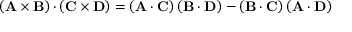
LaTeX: \mathbf { \left( A \times B \right) \cdot } \left( \mathbf { C } \times \mathbf { D } \right) = \left( \mathbf { A } \cdot \mathbf { C } \right) \left( \mathbf { B } \cdot \mathbf { D } \right) - \left( \mathbf { B } \cdot \mathbf { C } \right) \left( \mathbf { A } \cdot \mathbf { D } \right)